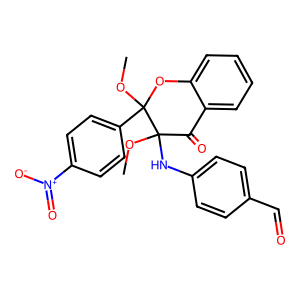
SMILES: COC1(Nc2ccc(C=O)cc2)C(=O)c2ccccc2OC1(OC)c1ccc([N+](=O)[O-])cc1
Inhibits HIV replication: No